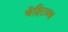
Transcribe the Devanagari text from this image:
चेदिराज्य